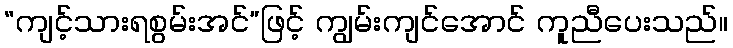
“ကျင့်သားရစွမ်းအင်”ဖြင့် ကျွမ်းကျင်အောင် ကူညီပေးသည်။